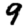
Digit: 9